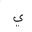
Letter: _ya